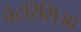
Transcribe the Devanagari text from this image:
पेटरिसिआ